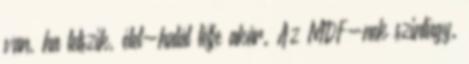
van, ha tetszik, élet-halál tétje akár. Az MDF-nek szintúgy.